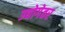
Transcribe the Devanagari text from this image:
उद्योगेतर